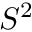
S ^ { 2 }